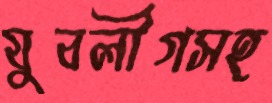
যুবলীগসহ